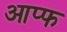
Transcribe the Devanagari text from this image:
आप्फ